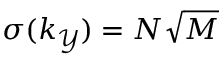
\sigma ( k _ { \mathcal { Y } } ) = N \sqrt { M }